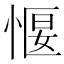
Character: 愝